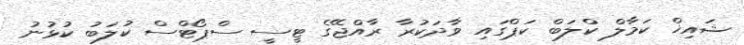
ޝައިޚް ކަމާލް ކްލަބް ކަޕްގައި ވާދަކުރާ ރާއްޖޭގެ ޓީސީ ސްޕޯޓްސް ކުލަބު ކުޅުނު